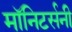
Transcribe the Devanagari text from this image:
मॉनिटर्सनी